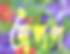
অপণ